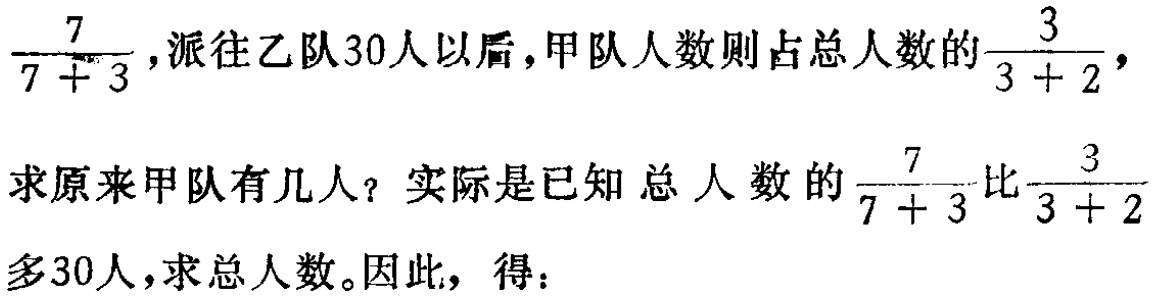
$\frac{7}{7 + 3}$, 派往乙队30人以后，甲队人数则占总人数的$\frac{3}{3 + 2}$，
求原来甲队有几人？实际是已知总人数的$\frac{7}{7 + 3}$比$\frac{3}{3 + 2}$多30人，求总人数。因此，得：